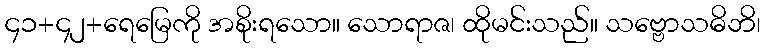
၄၁+၄၂+ရေမြေကို အစိုးရသော။ သောရာဇ၊ ထိုမင်းသည်။ သဗ္ဗောသဓိဘိ၊